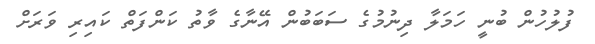
ފުލުހުން ބުނީ ހަމަލާ ދިނުމުގެ ސަބަބުން އޭނާގެ ވާތު ކަންފަތް ކައިރި ވަރަށް